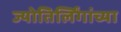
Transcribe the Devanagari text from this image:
ज्योतिर्लिंगांच्या